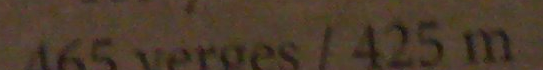
465 yerges / 425 m